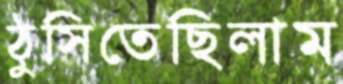
ঠুসিতেছিলাম